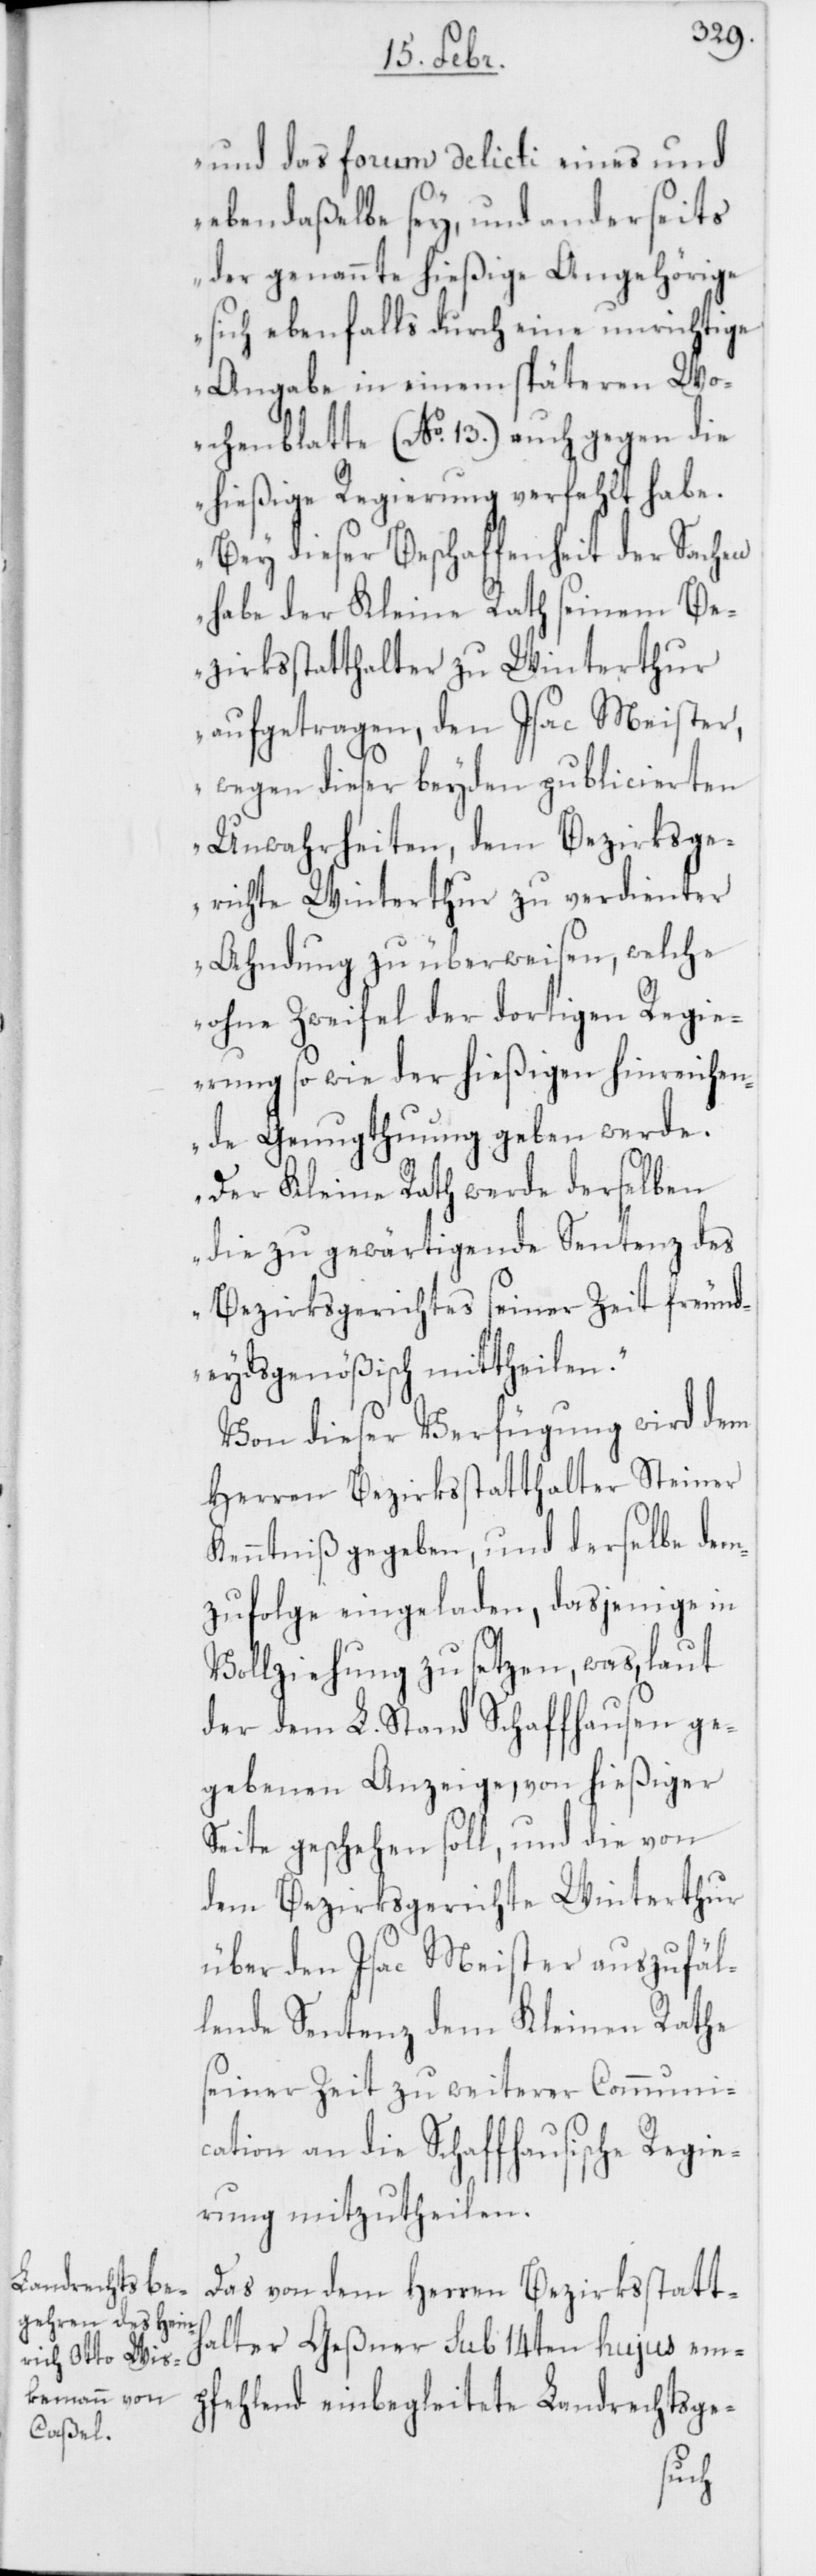
und das forum delicti eines und
eben daßelbe sey, und anderseits
der genannte hießige Angehörige
sich ebenfalls durch eine unrichtige
Angabe in einem späteren Wo¬
chenblatte (No. 13.) auch gegen die
hießige Regierung verfehlt habe.
Bey dieser Beschaffenheit der Sachen
habe der Kleine Rath seinem Be¬
zirksstatthalter zu Winterthur
aufgetragen, den Isac Meister,
wegen dieser beyden publicierten
Unwahrheiten, dem Bezirksge¬
richte Winterthur zu verdienter
Ahndung zu überweisen, welche
ohne Zweifel der dortigen Regie¬
rung sowie der hießigen hinreichen¬
de Genugthuung geben werde.
Der Kleine Rath werde derselben
die zu gewärtigende Sentenz des
Bezirksgerichtes seiner Zeit freund¬
eydsgenößisch mittheilen.“
Von dieser Verfügung wird dem
Herren Bezirksstatthalter Steiner
Kenntniß gegeben, und derselbe dem¬
zufolge eingeladen, dasjenige in
Vollziehung zu setzen, was, laut
der dem L. Stand Schaffhausen ge¬
gebenen Anzeige, von hießiger
Seite geschehen soll, und die von
dem Bezirksgerichte Winterthur
über den Isac Meister auszufäl¬
lende Sentenz dem Kleinen Rathe
seiner Zeit zu weiterer Communi¬
cation an die Schaffhausische Regie¬
rung mitzutheilen.
Das von dem Herren Bezirksstatt¬
halter Geßner sub 14ten hujus em¬
pfehlend einbegleitete Landrechtsge-